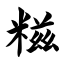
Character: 糍